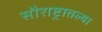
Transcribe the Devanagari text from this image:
सौराष्ट्रातल्या